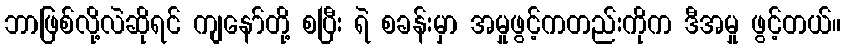
ဘာဖြစ်လို့လဲဆိုရင် ကျနော်တို့ စပြီး ရဲ စခန်းမှာ အမှုဖွင့်ကတည်းကိုက ဒီအမှု ဖွင့်တယ်။